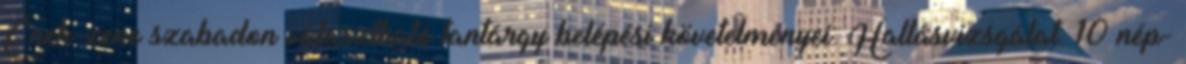
Ének-zene szabadon választható tantárgy belépési követelményei: Hallásvizsgálat: 10 nép-